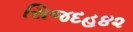
સિજદહ૪૨